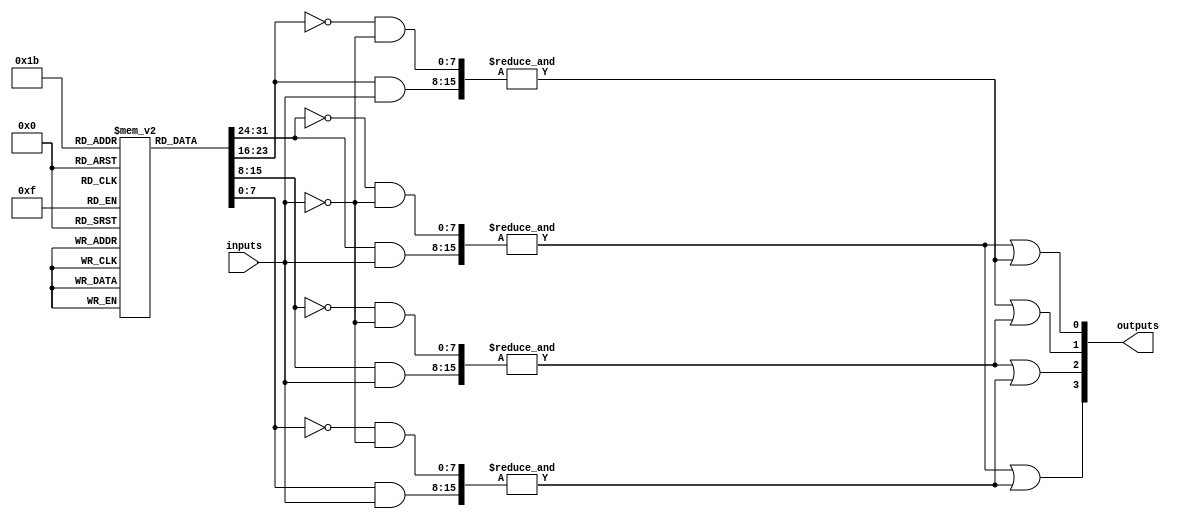
module FlashProgrammablePAL (
    input wire [N-1:0] inputs,          // N input pins
    output wire [M-1:0] outputs          // M output pins
);

// Parameters for the number of inputs and outputs
parameter N = 8;  // Number of input pins
parameter M = 4;  // Number of output pins
parameter P = 4;  // Number of AND gates (product terms)

// Define the programmable AND array
reg [N-1:0] and_array [0:P-1];        // Configuration for each AND gate
wire [P-1:0] and_outputs;             // Outputs of the AND gates

// Define the fixed OR array
wire [M-1:0] or_outputs;              // Outputs of the OR gates

// Generate the AND gates
genvar i, j;
generate
    for (i = 0; i < P; i = i + 1) begin : and_gate
        assign and_outputs[i] = &({and_array[i][N-1:0] & inputs[N-1:0], 
                                   ~and_array[i][N-1:0] & ~inputs[N-1:0]});
    end
endgenerate

// Define the fixed OR logic
assign or_outputs[0] = and_outputs[0] | and_outputs[1]; // Example OR logic for output 0
assign or_outputs[1] = and_outputs[1] | and_outputs[2]; // Example OR logic for output 1
assign or_outputs[2] = and_outputs[2] | and_outputs[3]; // Example OR logic for output 2
assign or_outputs[3] = and_outputs[0] | and_outputs[3]; // Example OR logic for output 3

// Connect OR outputs to the module outputs
assign outputs = or_outputs;

endmodule